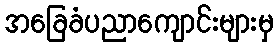
အခြေခံပညာကျောင်းများမှ